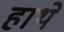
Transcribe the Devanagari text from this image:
हाथे